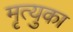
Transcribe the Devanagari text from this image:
मृत्युका